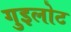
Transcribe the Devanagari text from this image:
गुइलोट